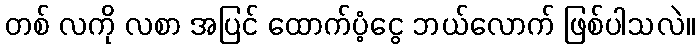
တစ် လကို လစာ အပြင် ထောက်ပံ့ငွေ ဘယ်လောက် ဖြစ်ပါသလဲ။